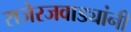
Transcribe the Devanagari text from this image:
राजेरजवाड्यांनी